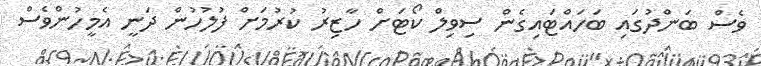
ވެސް ބަންދުގައި ބަހައްޓައިގެން ސިވިލް ކޯޓަށް ހާޒިރު ކުރުމަށް ފުލުހުން ދަނީ އެމީހުންވެސް